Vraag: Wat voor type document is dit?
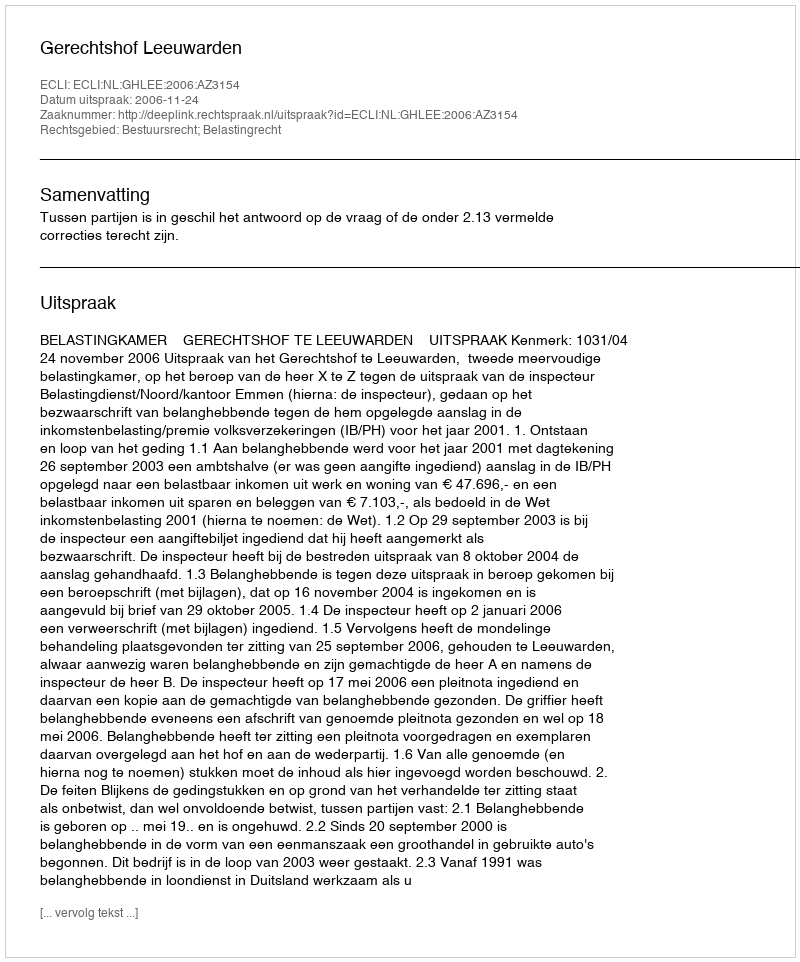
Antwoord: Uitspraak